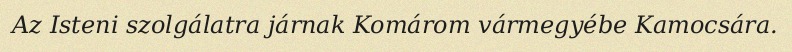
Az Isteni szolgálatra járnak Komárom vármegyébe Kamocsára.